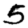
Digit: 5